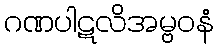
ဂဏပါဋလိအမ္ဗဝနံ